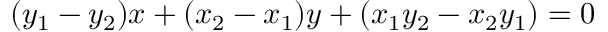
( y _ { 1 } - y _ { 2 } ) x + ( x _ { 2 } - x _ { 1 } ) y + ( x _ { 1 } y _ { 2 } - x _ { 2 } y _ { 1 } ) = 0